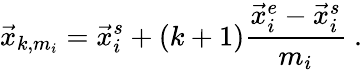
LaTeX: \vec{x}_{k,m_{i}}=\vec{x}_{i}^{s}+(k+1)\frac{\vec{x}_{i}^{e}-\vec{x}_{i}^{s}}{m_{i}}\ .